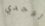
لوحدي